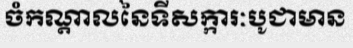
ចំកណ្តាលនៃទីសក្ការៈបូជាមាន